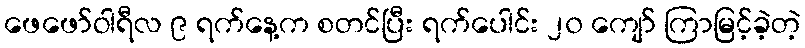
ဖေဖော်ဝါရီလ ၉ ရက်နေ့က စတင်ပြီး ရက်ပေါင်း ၂၀ ကျော် ကြာမြင့်ခဲ့တဲ့